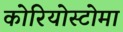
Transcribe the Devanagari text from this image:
कोरियोस्टोमा